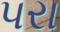
પરા